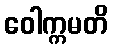
ဝေါက္ကမတိ